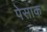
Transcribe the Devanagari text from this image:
पेसाक